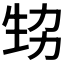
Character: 𤯜